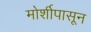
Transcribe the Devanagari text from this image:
मोर्शीपासून